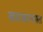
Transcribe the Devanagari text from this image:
खारखान्यात